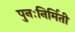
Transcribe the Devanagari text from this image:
पुनःनिर्मिती